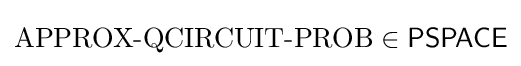
{\text{APPROX-QCIRCUIT-PROB}}\in {\mathsf {PSPACE}}